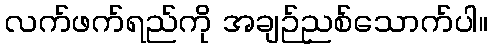
လက်ဖက်ရည်ကို အချဉ်ညစ်သောက်ပါ။